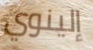
إلينوي